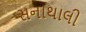
સનાથાલી